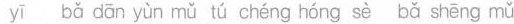
bǎ dān yùn mǔ tú chéng hóng sè bǎ shēng mǔ